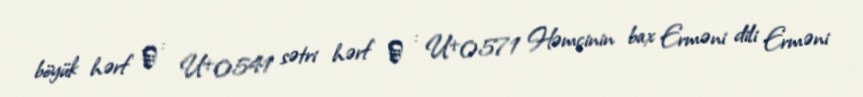
böyük hərf Ձ : U+0541 sətri hərf ձ : U+0571 Həmçinin bax Erməni dili Erməni